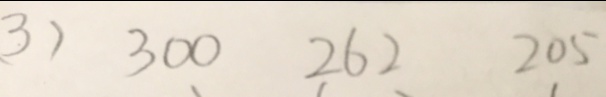
3 ) 3 0 0 2 6 2 2 0 5